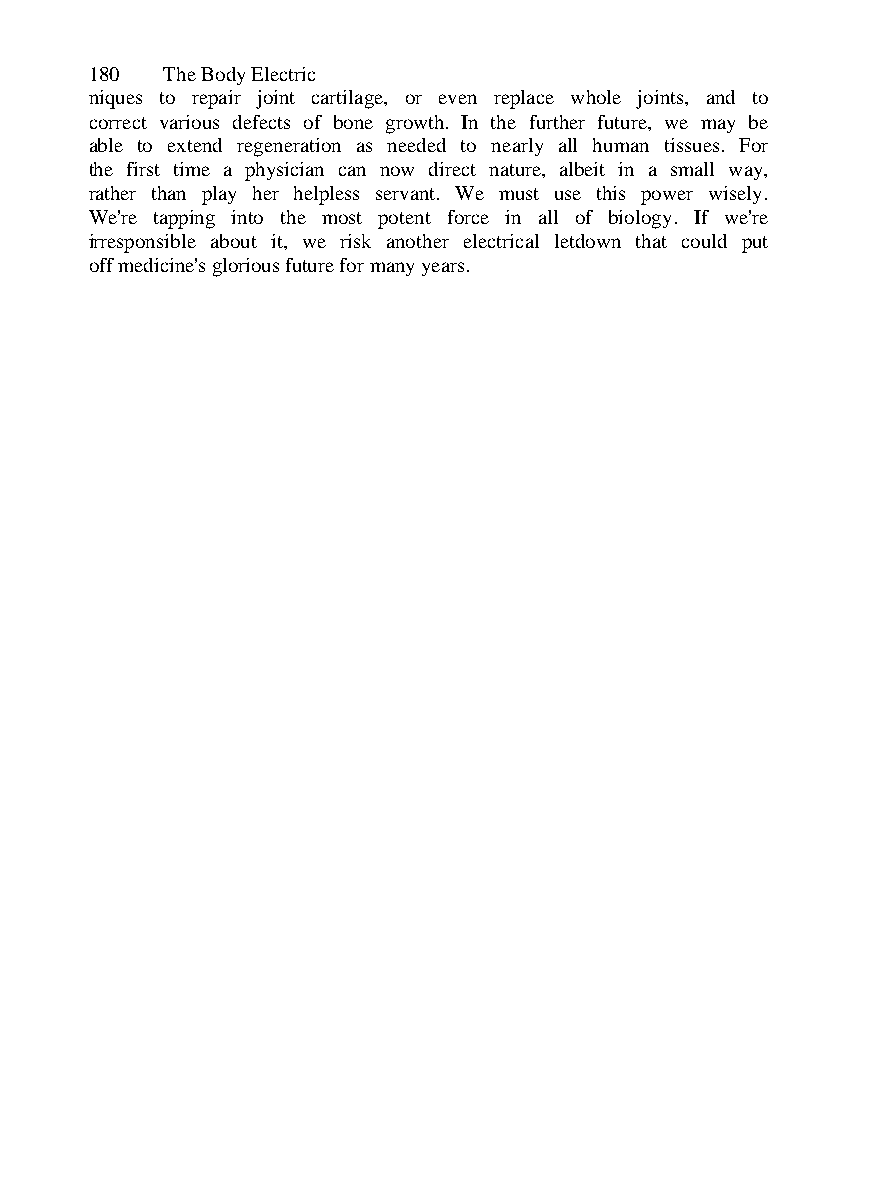
180  The Body Electric
 niques to repair joint cartilage, or even replace whole joints, and to
 correct various defects of bone growth. In the further future, we may be
 able to extend regeneration as needed to nearly all human tissues. For
 the first time a physician can now direct nature, albeit in a small way,
 rather than play her helpless servant. We must use this power wisely.
 We're tapping into the most potent force in all of biology. If we're
 irresponsible about it, we risk another electrical letdown that could put
 off medicine's glorious future for many years.